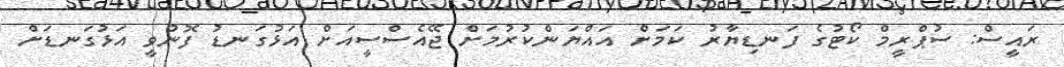
ރައީސް: ސުޕްރީމް ކޯޓުގެ ފަނޑިޔާރު ކަމަށް އައްޔަންކުރުމަށް ޖޭއެސްސީއަށް އަޅުގަނޑު ފޮނުވީ އަޅުގަނޑަށް